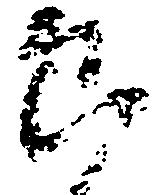
郎